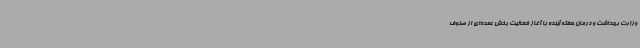
وزارت بهداشت و درمان هفته آینده با آغاز فعالیت بخش عمده‌ای از صنوف